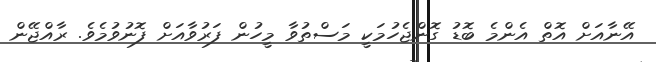
އޭނާއަށް އޮތް އެންމެ ބޮޑު ގޮންޖެހުމަކީ މަސްތުވާ މީހުން ފަރުވާއަށް ފޮނުވުމެވެ. ރާއްޖޭން